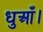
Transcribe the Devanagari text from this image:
धुआँ।